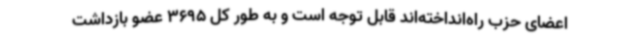
اعضای حزب راه‌انداخته‌اند قابل توجه است و به طور کل 3695 عضو بازداشت